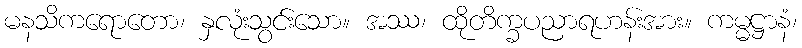
မနသိကရောတော၊ နှလုံးသွင်းသော။ အဿ၊ ထိုတိက္ခပညာရဟန်းအား။ ကမ္မဋ္ဌာနံ၊